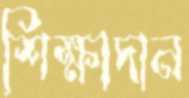
শিক্ষাদান